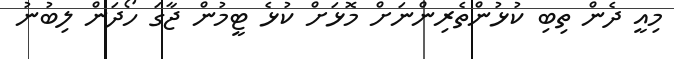
މިއީ ދެން ތިބި ކުޅުންތެރިންނަށް މޮޅަށް ކުޅެ ޓީމުން ޖާގަ ހޯދަން ލިބުނު